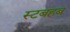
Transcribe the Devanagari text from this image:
स्टबहब